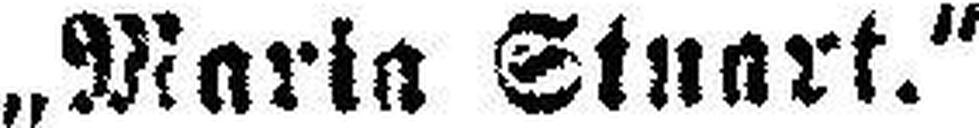
„Maria Stuart.“